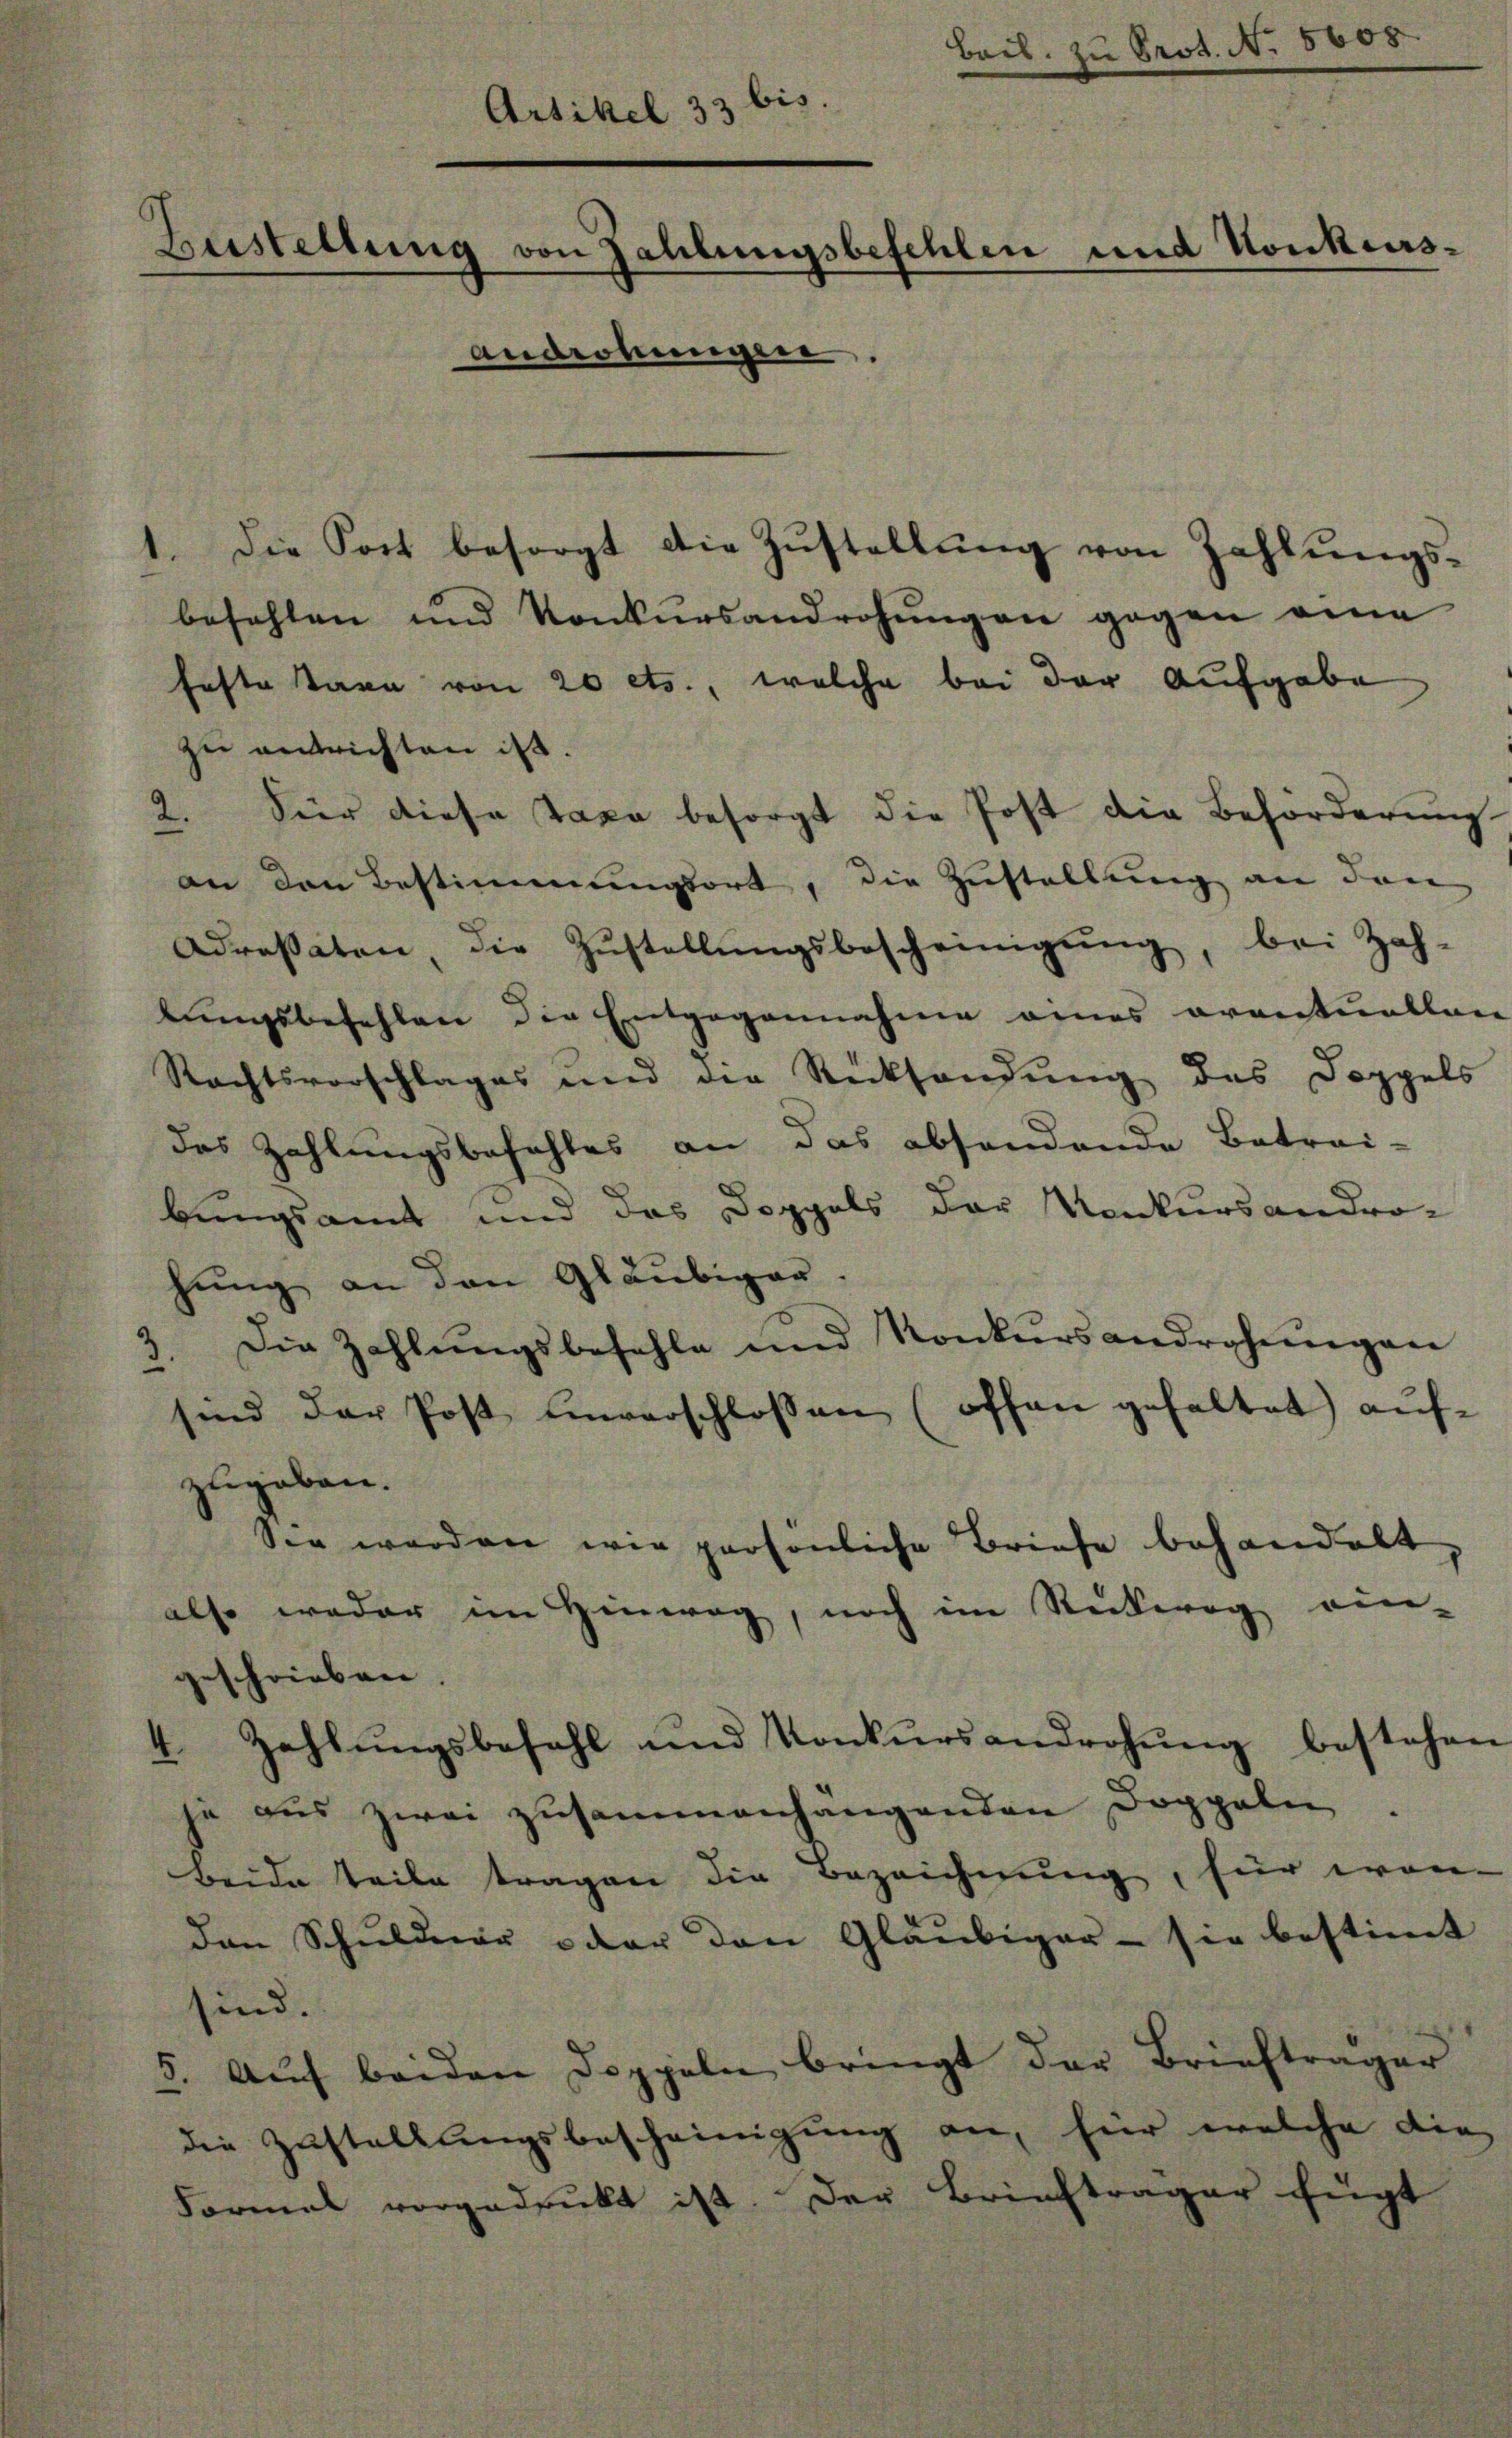
Beil. zu Prot. N. 5608.
Artikel 33 bis.
Bustellung von Zahlungsbefehlen und Konkurs¬
Androhungen.
Die Post besorgt die Zustellung von Zahlungs¬

befehlen und Konkursandrohŭngen gegen eine
feste Stana von 20 cts., welche bei der Aufgabe
zu entrichten ist.
2. Vier diese Taxe besorgt die Post die Beförderung
an den Bestimmungsort, die Zustellung an den
Adressaten, die Zŭstellŭngsbescheinigŭng, bei Zah-
lungsbefehlen die Entgegennahme eines eventuellei
Rechtsvorschlages und die Rücksendŭng des Doppels
des Zahlungsbefehles an das absendende Betrai-
bungsamt und das Doppels der Konkursandro-
hung an den Gläubiger.
Die Zahlŭngsbefehle und Konkŭrsandrohŭngen
sind der Post einverschlossen (offen gehaltet aŭf-
zugeben.
Sie werden wir persönliche Briefe behandelt
also weder im Hinweg, noch im Stutweg ein-
geschrieben.
Zahlŭngsbefehl und Konkŭrsandrohŭng bestehen
 aŭs zwei zusammenhangenden Doppeln.
Beide Teile tragen die Bezeichnung, für wan-
den Schuldner oder den Gläubiger - sie bestimmt
sind.
5. Aŭf beiden Doppeln bringt der Briefträger
die Zustellungsbescheinigung an, für welche die
Formal vorgedruckt ist. Der Briefträger fügt